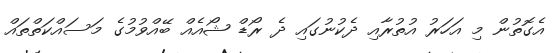
އެގޮތުން މި އަހަރު އުތުރާއި ދެކުނުގައި ދެ ރޯޑް ޝޯއެއް ބޭއްވުމުގެ މަސައްކަތްތައް